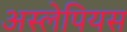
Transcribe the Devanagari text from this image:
अस्लेपियस